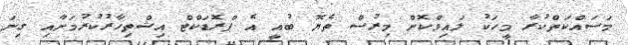
މަސައްކަތްކުރާ މީހަކު ލައިވްކޮށް މިރުސް ތެޔޮ ބުއީ އެ ޕްރޮޑަކްޓް އިޝްތިހާރުކުރުމަށާއި ގިނަ